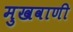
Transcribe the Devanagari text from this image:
मुखवाणी